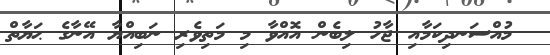
މުއްސަނދިކަމާއި ޖާހު ލިބެން އޮއްވާ މި މަތިވެރި ނަބިއްޔާ އޭނާގެ ޙަޔާތް